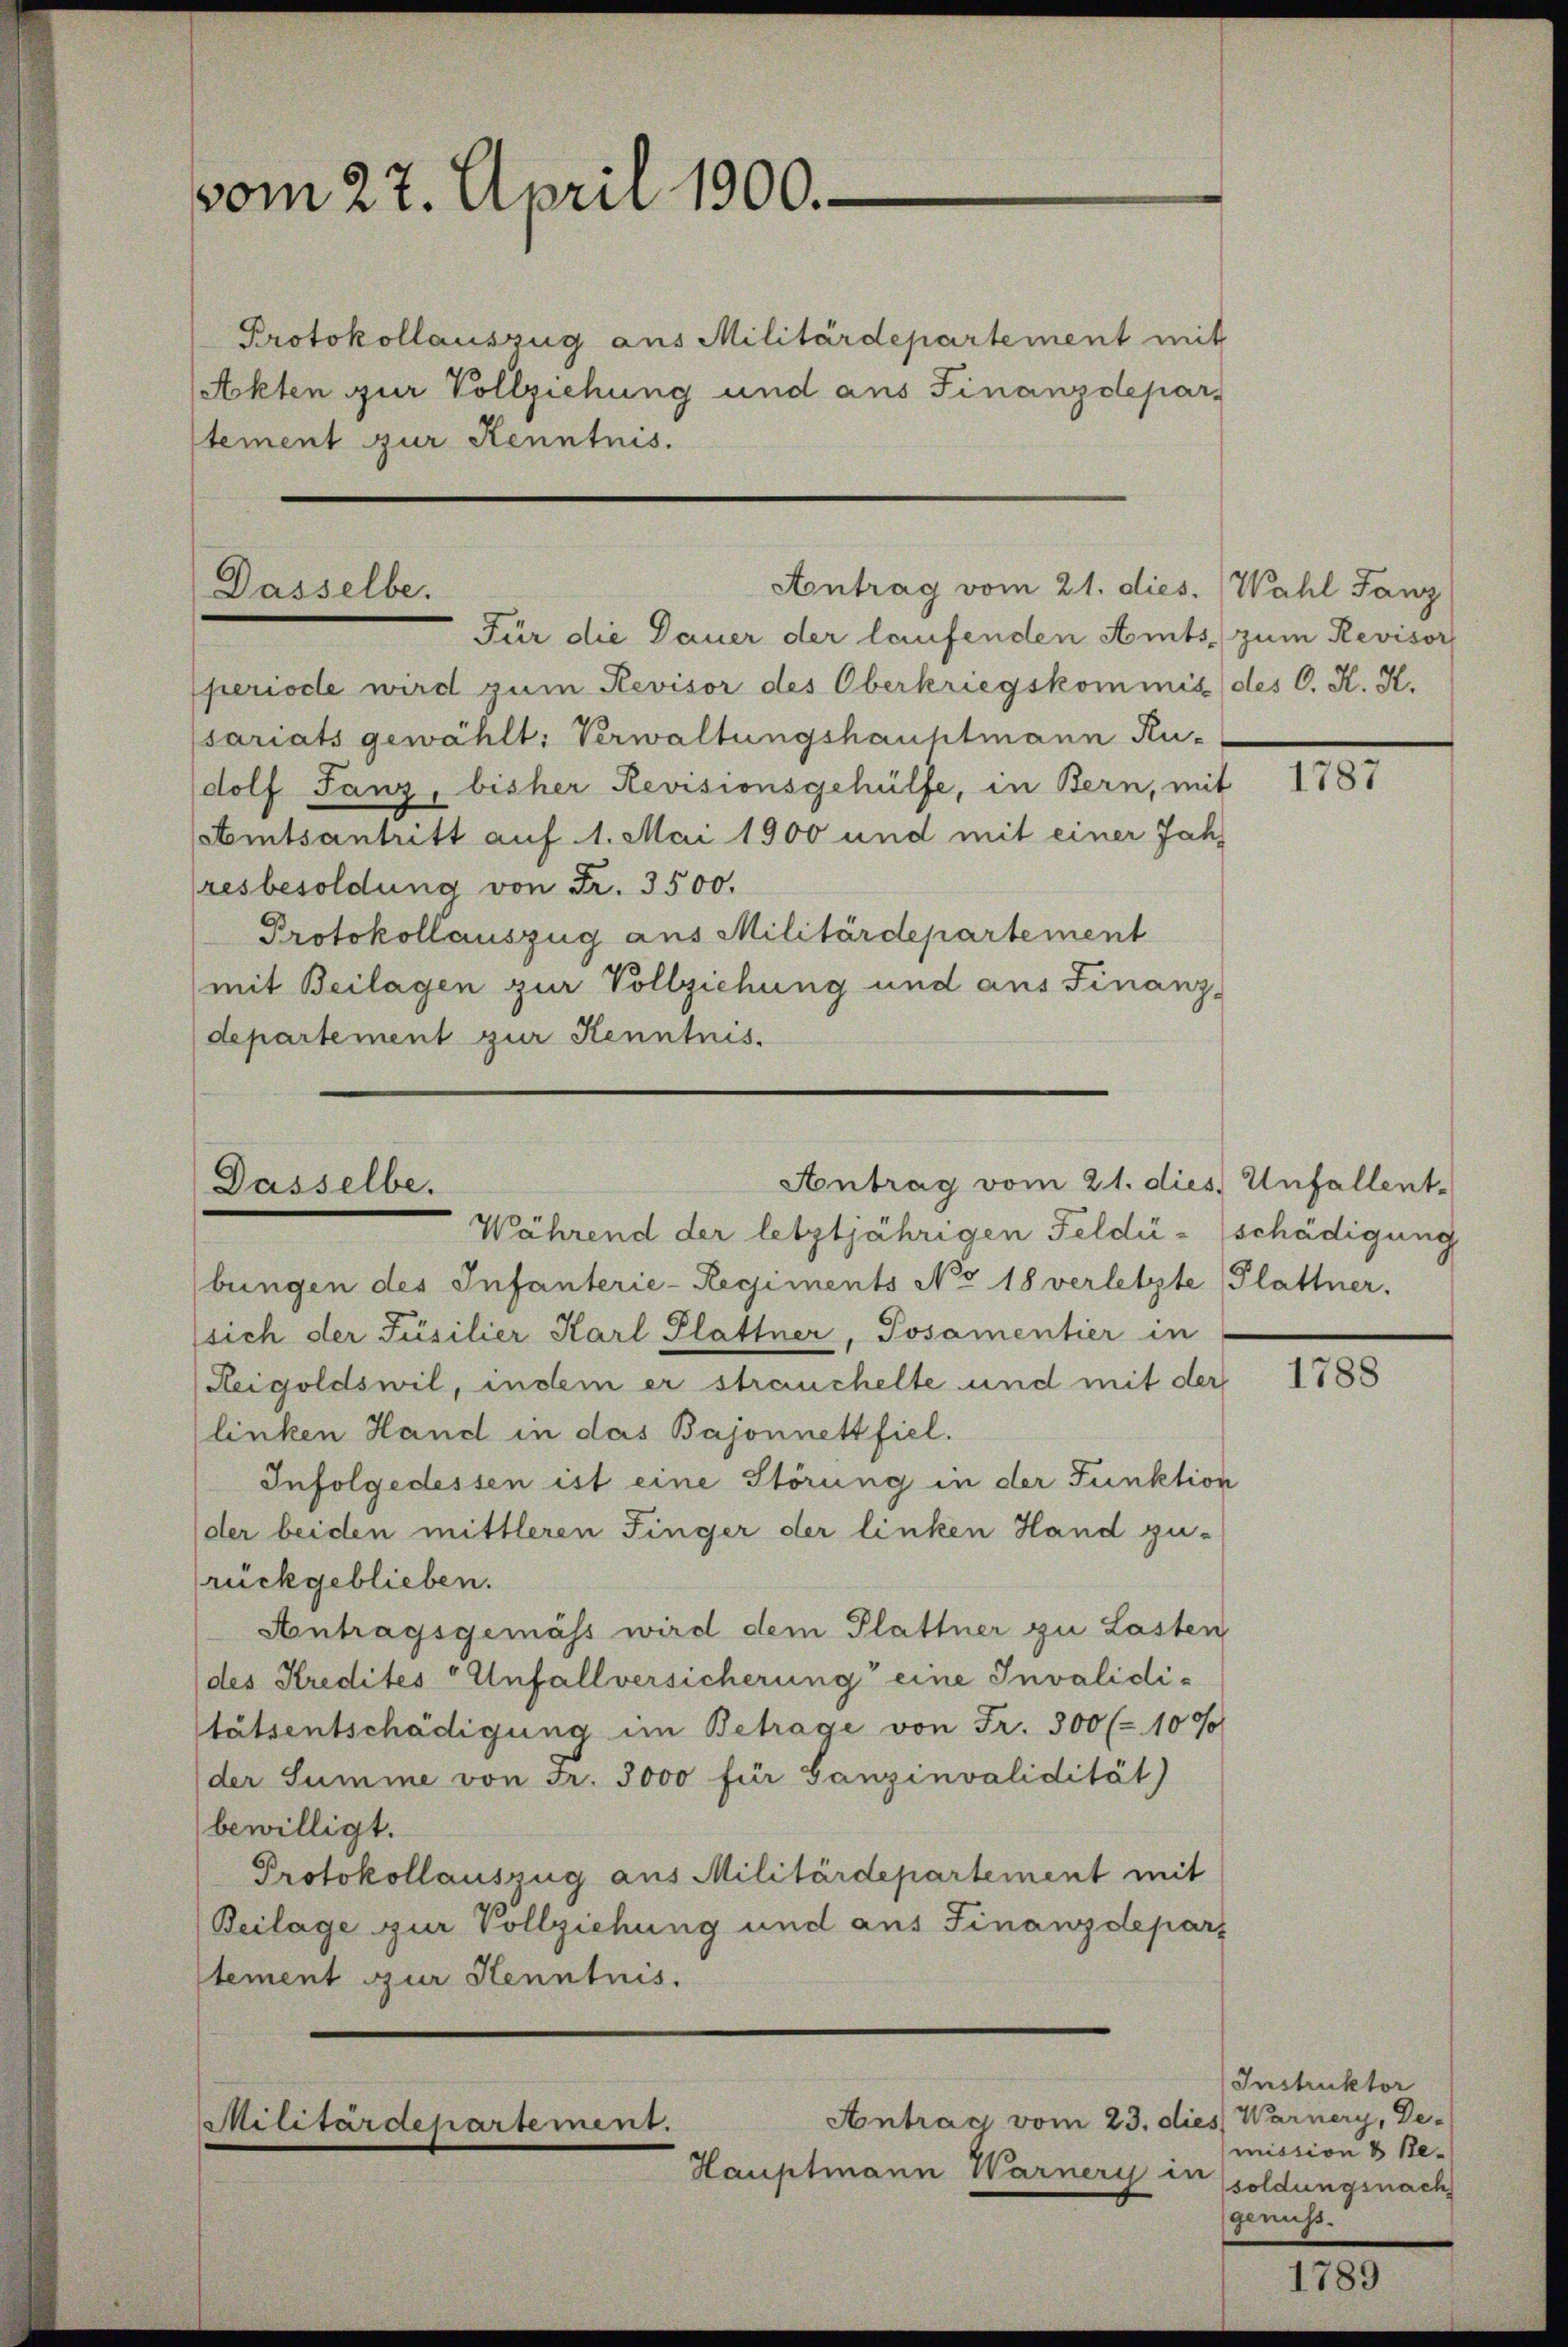
vom 27. April 1900.

Protokollauszug aus Militärdepartement mit
Ackten zur Vollziehung und ans Finanzdepar
stement zur Kenntnis.

Dasselbe.

Für die Dauer der laufenden Amts zum Revisor
periode wird zum Revisor des Oberkriegskommis des C. K. K.
sariats gewählt: Verwaltungshauptmann Kudolf Tanz, bisher Revisionsgehülfe, in Bern, mit
(Amtsantritt auf 1. Mai 1900 und mit einer Jahr
resbesoldung von Fr. 3500.
Protokollauszug aus Militärdepartement
(mit Beilagen zur Vollziehung und aus Finanz-
departement zur Kenntnis.

Dasselbe.

Während der letztjährigen Feldi - schädigung
bungen des Infanterie-Regiments No 18 verletzte Plattner.
sich der Füsilier Karl Glattner, Posamentier in
Reigoldswil, indem er strauchelte und mit der
linken Hand in das Bajonnett fiel.
Infolgedessen ist eine Störung in der Funktion
der beiden mittleren Finger der linken Hand gu-
rückgeblieben.
Antragsgemäss wird dem Plattner zu Lasten
des Kredites Unfallversicherung eine Invaliditätsentschädigung im Betrage von Fr. 300 (= 10 %
(der Summe von Fr. 3000 für Ganzinvalidität
bewilligt.
Protokollauszug aus Militärdepartement mit
Beilage zur Vollziehung und aus Finanzdepart
stement zur Henntnis.

Antrag vom 21. dies Unfallent.

Hauptmann Warnery in

Antrag vom 23. dies Warnery, De-
Militärdepartement.

Antrag vom 21. dies. Wahl Tanz

1787

1788

Instruktor
mission & Besoldungsnach
genuss.

1789